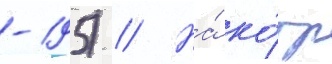
-195) // На́ ко́тр